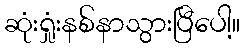
ဆုံးရှုံးနစ်နာသွားပြီပေါ့။